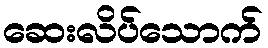
ဆေးလိပ်သောက်